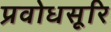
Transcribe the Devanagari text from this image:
प्रवोधसूरि